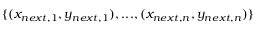
\{ ( x _ { n e x t , 1 } , y _ { n e x t , 1 } ) , . . . , ( x _ { n e x t , n } , y _ { n e x t , n } ) \}